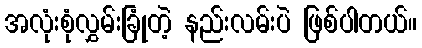
အလုံးစုံလွှမ်းခြုံတဲ့ နည်းလမ်းပဲ ဖြစ်ပါတယ်။